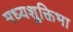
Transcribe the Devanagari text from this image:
मध्यशुक्तिभा